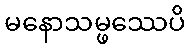
မနောသမ္ဖဿေပိ